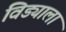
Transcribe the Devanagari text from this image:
विड्याला